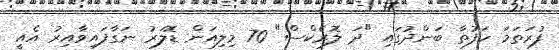
ފުރަތަމަ ހަފުތާ ބަންދުގައި "ދަ ލޮރެކްސް" 70 މިލިއަން ޑޮލަރު ނަގާފައިވާއިރު އެއީ